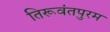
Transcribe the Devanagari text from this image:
तिरूवंतपुरम